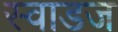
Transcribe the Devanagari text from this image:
स्वाडज